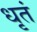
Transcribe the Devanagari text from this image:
धृतं